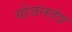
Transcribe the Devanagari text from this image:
योजनतंत्र